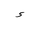
Letter: _hamza